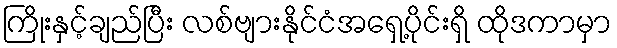
ကြိုးနှင့်ချည်ပြီး လစ်ဗျားနိုင်ငံအရှေ့ပိုင်းရှိ ထိုဒကာမှာ